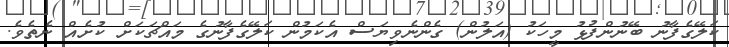
ކަލޭގެފާނު ބޭނުންފުޅު މީހަކު (އަލުން) ގެންނެވިޔަސް އެކަމުން ކަލޭގެފާނުގެ މައްޗަކަށް ކުށެއް ނެތެވެ.